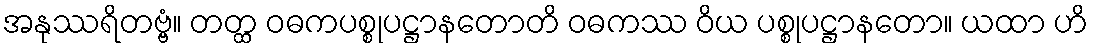
အနုဿရိတဗ္ဗံ။ တတ္ထ ဝဓကပစ္စုပဋ္ဌာနတောတိ ဝဓကဿ ဝိယ ပစ္စုပဋ္ဌာနတော။ ယထာ ဟိ